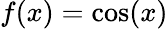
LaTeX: f(x)=\cos(x)